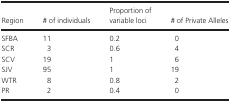
| Region | # of individuals | Proportion of variable loci | # of Private Alleles |
 | --- | --- | --- | --- |
 | SFBA | 11 | 0.2 | 0 |
 | SCR | 3 | 0.6 | 4 |
 | SCV | 19 | 1 | 6 |
 | SJV | 95 | 1 | 19 |
 | WTR | 8 | 0.8 | 2 |
 | PR | 2 | 0.4 | 0 |